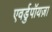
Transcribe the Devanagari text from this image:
एवर्डुपॉयज़ा